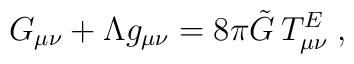
G_{\mu \nu }+\Lambda g_{\mu \nu }=8\pi \tilde{G}\,T_{\mu \nu }^{E}\;,